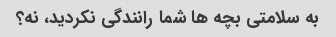
به سلامتی بچه ها شما رانندگی نکردید، نه؟